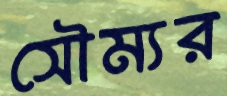
সৌম্যর